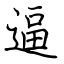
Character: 逼